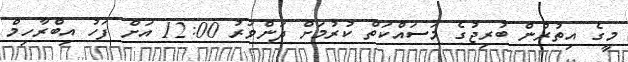
މީގެ އިތުރުން ބުރިޖުގެ މަސައްކަތް ކުރުމަށް ދަންވަރު 12:00 އަށް ފަހު އިބްރާހިމް